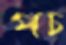
পচ